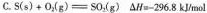
C.$$S ( s ) + O _ { 2 } ( g ) = S 0 _ { 2 } ( g )$$ $$△ H = - 2 9 6 . 8 k m o l$$